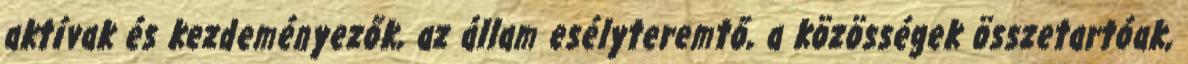
aktívak és kezdeményezők, az állam esélyteremtő, a közösségek összetartóak,